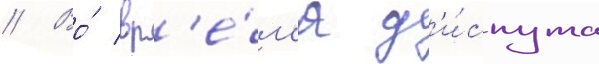
// Во́ вр'е́м'я д'и́спута